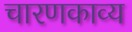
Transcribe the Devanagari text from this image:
चारणकाव्य